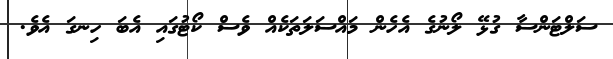
ސަލްޓަންސާ ގުޅޭ ލޯނުގެ އެހެން މައްސަލަތަކެއް ވެސް ކޯޓުގައި އެބަ ހިނގަ އެވެ.